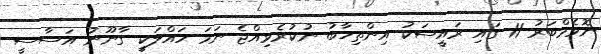
ނޮވެމްބަރު 11 ގައި ރައީސަކު އިންތިޚާބު ނުކުރެވިއްޖެ ނަމަ ހައްލަކީ ގާނޫނު އަސާސީ